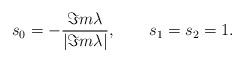
LaTeX: \begin{align*}s_0=-{\Im m \lambda\over|\Im m \lambda|},\qquad s_1=s_2=1. \end{align*}